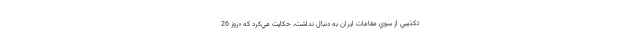
تكذيبي از سوي مقامات ايران به دنبال نداشت، حكايت مي‌كرد كه «روز 26